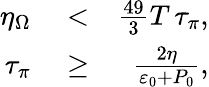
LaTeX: \begin{array}{rlr}{\eta_{\Omega}}&{{}<}&{\frac{49}{3}T\, \tau_{\pi},}\\ {\tau_{\pi}}&{{}\geq}&{\frac{2\eta}{\varepsilon_{0}+P_{0}},}\end{array}